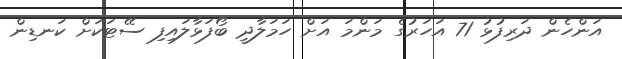
އަންހެން ދަރިފުޅު 71 އަހަރުގެ މަންމަ އަށް ހަމަލާދީ ބޯފަޅާލައިފި ސޭޓަކަށް ކަނޑިން